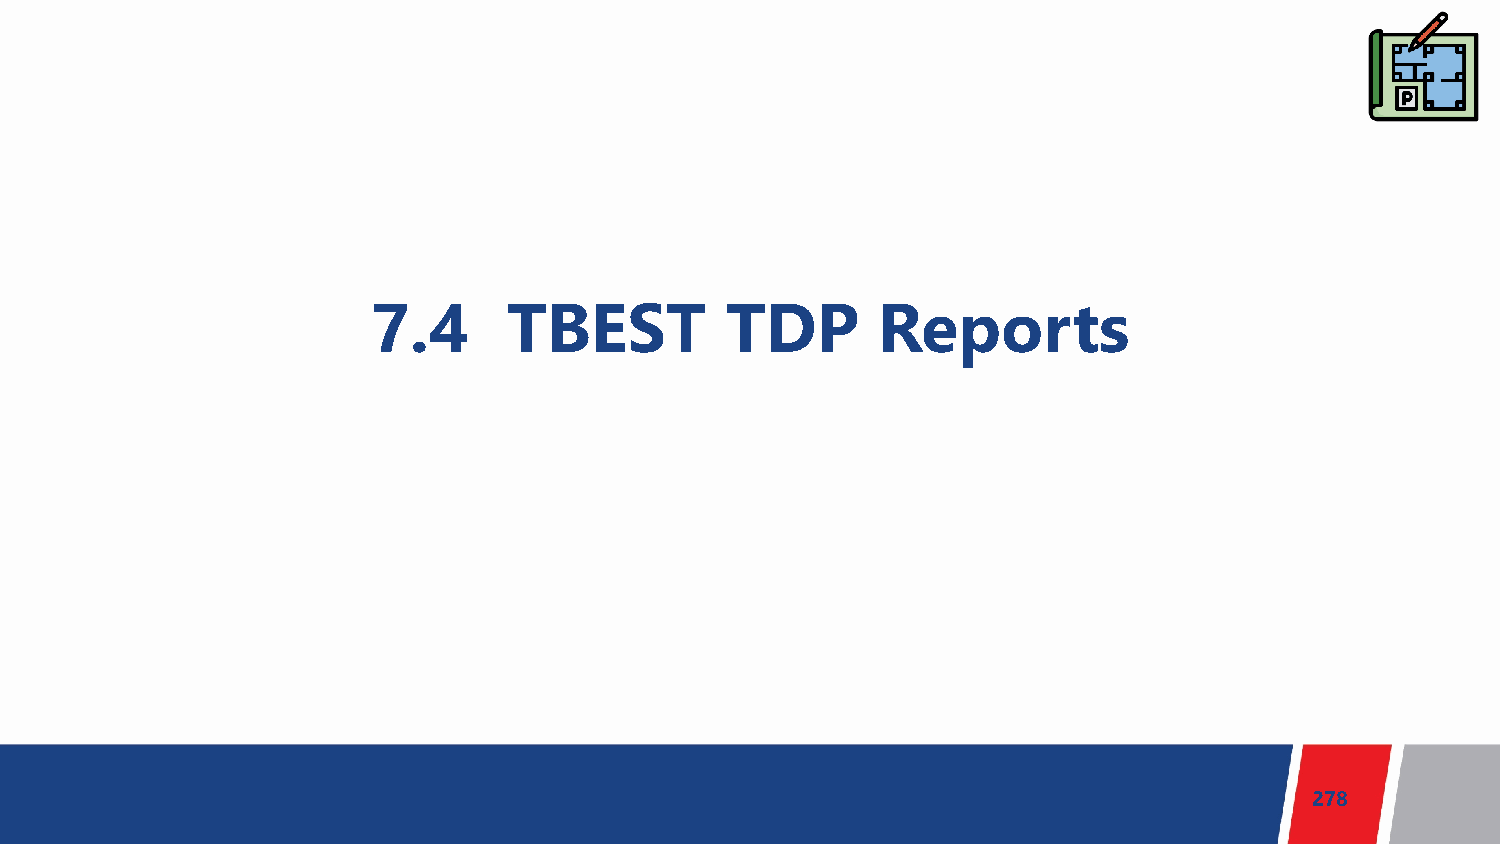
7.4      TBEST         TDP       Reports
 278